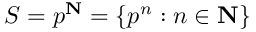
S = p ^ { \mathbf { N } } = \{ p ^ { n } : n \in \mathbf { N } \}